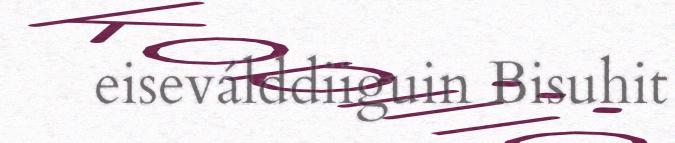
eiseválddiiguin Bisuhit